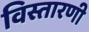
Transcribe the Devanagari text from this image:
विस्तारणी